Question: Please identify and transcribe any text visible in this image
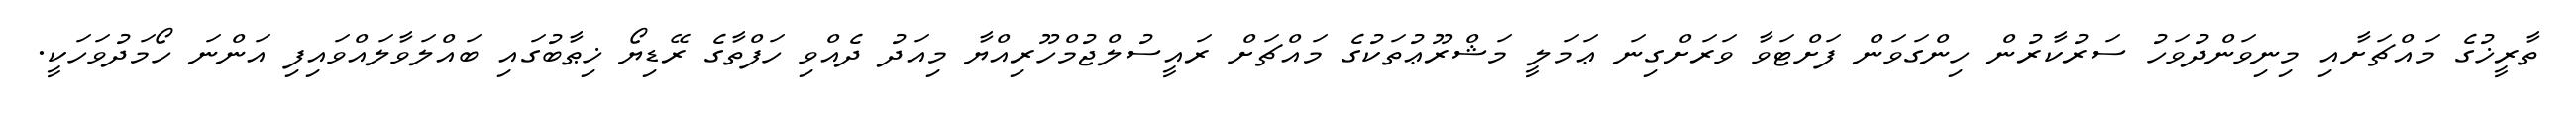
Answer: ތާރީޚުގެ މައްޗަށާއި މިނިވަންދުވަހު ސަރުކާރުން ހިންގަވަން ފަށްޓަވާ ވަރަށްގިނަ ޢަމަލީ މަޝްރޫޢުތަކުގެ މައްޗަށް ރައީސުލްޖުމްހޫރިއްޔާ މިއަދު ދެއްވި ހަފްތާގެ ރޭޑިޔޯ ޚިޠާބުގައި ބައްލަވާލައްވައިފި އަންނަ ހޯމަދުވަހަކީ.